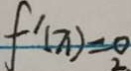
f ^ { \prime } ( x ) = 0 _ { 2 }